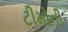
ટીમોની